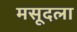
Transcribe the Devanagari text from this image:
मसूदला